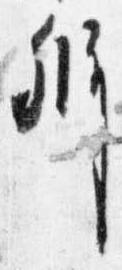
弁